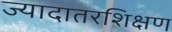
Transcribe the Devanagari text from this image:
ज्यादातरशिक्षण